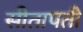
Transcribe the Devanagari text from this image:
सीतापती